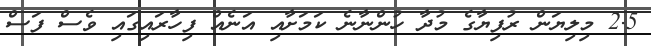
2.5 މިލިޔަން ރުފިޔާގެ މުދާ ހުންނާނެ ކަމަށާއި އަނެއް ފިހާރައިގައި ވެސް ފަސް